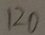
1 2 0